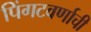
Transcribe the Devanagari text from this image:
पिंगटवर्णाची